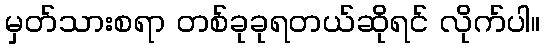
မှတ်သားစရာ တစ်ခုခုရတယ်ဆိုရင် လိုက်ပါ။